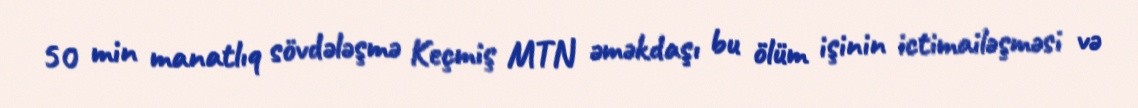
50 min manatlıq sövdələşmə Keçmiş MTN əməkdaşı bu ölüm işinin ictimailəşməsi və